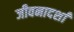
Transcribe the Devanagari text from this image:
जीवनादर्शां